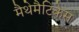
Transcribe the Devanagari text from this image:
मैथेमैटिकेस